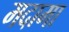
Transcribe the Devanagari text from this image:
मदामा